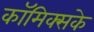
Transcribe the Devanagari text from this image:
कॉमिक्सके